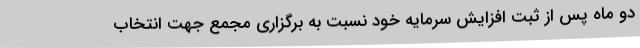
دو ماه پس از ثبت افزایش سرمایه خود نسبت به برگزاری مجمع جهت انتخاب